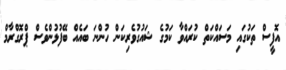
އޮފީސް ތަކުގައި މަސައްކަތް ކުރައްވާ ކަމުގެ ޝައުގުވެރިކަން ހުންނަ ބައެއް ބޭފުޅުންވެސް ޕްރޮގްރާމް